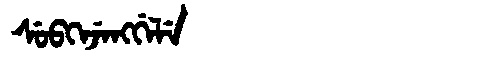
Manchu: ᠰᡠᠪᡴᡝᠵᡝᠩᡤᡝᠯᡝ
Romanization: SUBKEJENGGELE